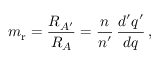
m _ { \mathrm { r } } = { \frac { R _ { A ^ { \prime } } } { R _ { A } } } = { \frac { n } { n ^ { \prime } } } \, { \frac { d ^ { \prime } q ^ { \prime } } { d q } } \, ,